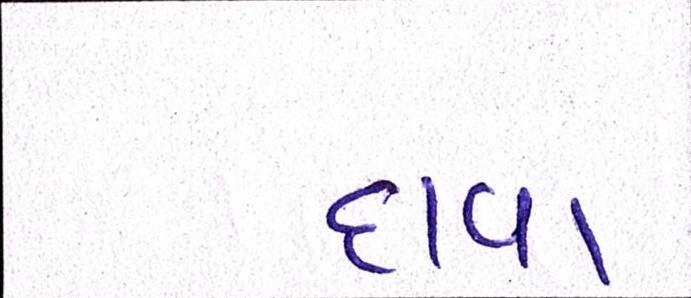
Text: દાવા